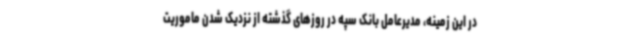
در این زمینه، مدیرعامل بانک سپه در روزهای گذشته از نزدیک شدن ماموریت